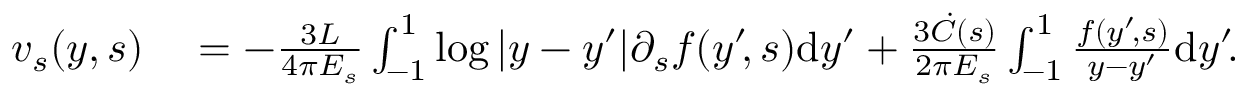
\begin{array} { r l } { v _ { s } ( y , s ) } & { { } = - \frac { 3 L } { 4 \pi E _ { s } } \int _ { - 1 } ^ { 1 } \log | y - y ^ { \prime } | \partial _ { s } f ( y ^ { \prime } \! , s ) \mathrm { d } y ^ { \prime } + \frac { 3 \dot { C } ( s ) } { 2 \pi E _ { s } } \int _ { - 1 } ^ { 1 } \frac { f ( y ^ { \prime } \! , s ) } { y - y ^ { \prime } } \mathrm { d } y ^ { \prime } \! . } \end{array}